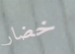
خضار